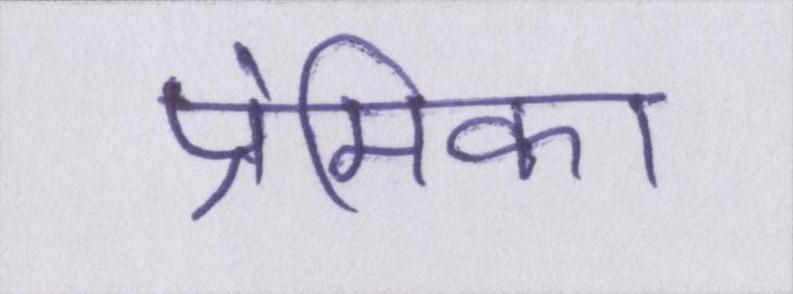
प्रेमिका